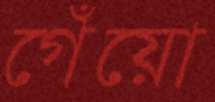
গেঁয়ো